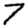
Digit: 7